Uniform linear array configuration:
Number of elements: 24
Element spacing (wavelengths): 0.75
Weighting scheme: binomial
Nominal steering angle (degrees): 0
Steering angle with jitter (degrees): -1.356
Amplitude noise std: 0.05
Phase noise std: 0.05

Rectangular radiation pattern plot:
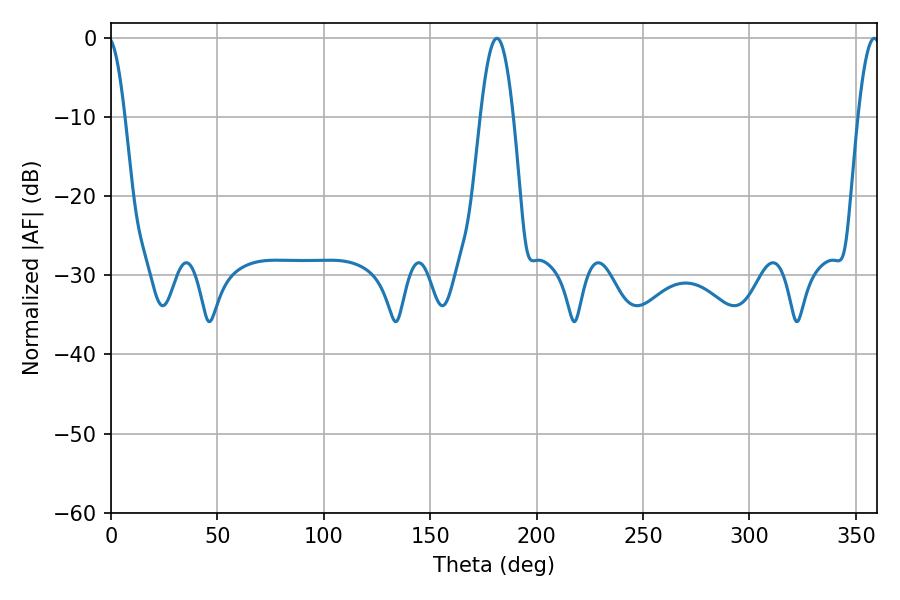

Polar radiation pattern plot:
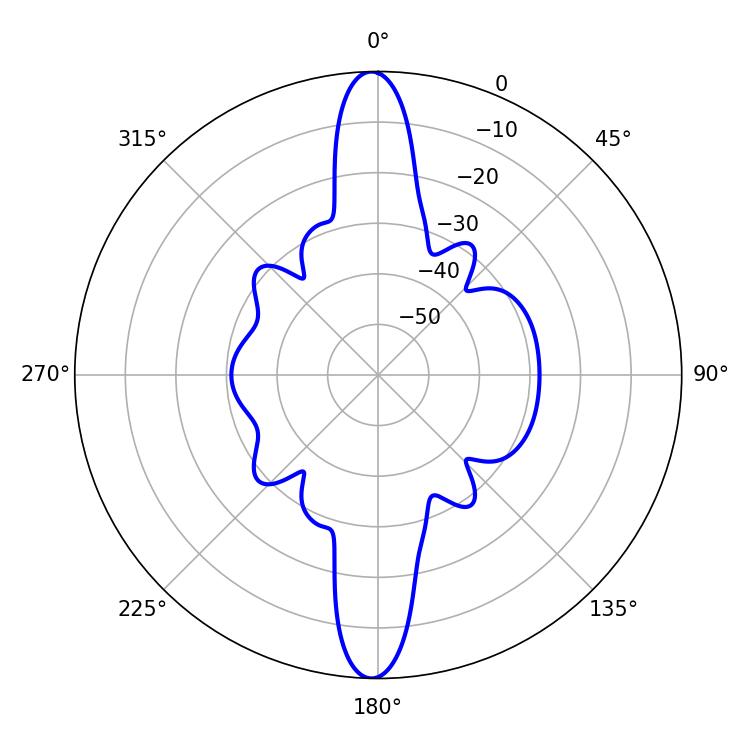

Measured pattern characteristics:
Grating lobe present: TRUE
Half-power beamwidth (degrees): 8.28
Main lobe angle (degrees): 181.26